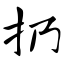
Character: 扔